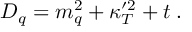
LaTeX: D _ { q } = m _ { q } ^ { 2 } + \kappa _ { T } ^ { \prime 2 } + t \; .